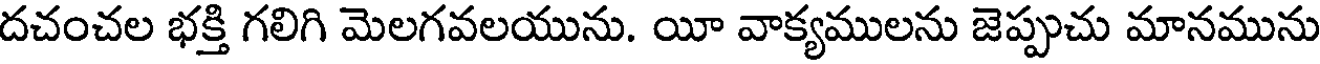
దచంచల భక్తి గలిగి మెలగవలయును. యీ వాక్యములను జెప్పుచు మానమును